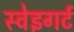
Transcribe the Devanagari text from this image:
स्वेइगर्ट